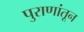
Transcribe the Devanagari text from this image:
पुराणांतून